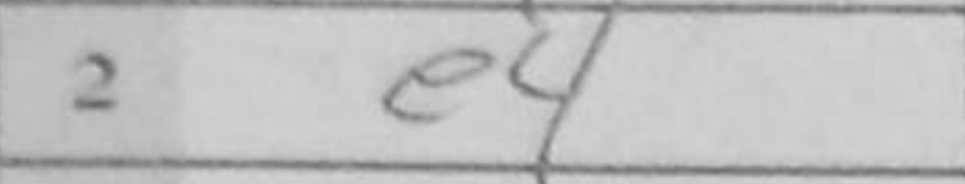
Transcription: e4